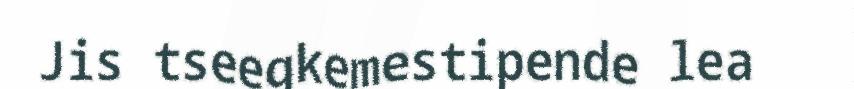
Jis tseegkemestipende lea